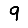
Digit: 9